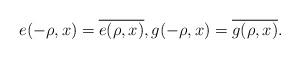
LaTeX: \begin{align*}e(-\rho,x)=\overline{e(\rho,x)},g(-\rho,x)=\overline{g(\rho,x)}.\end{align*}